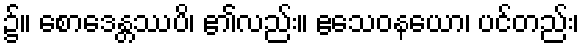
၌။ စောဒေန္တဿပိ၊ ၏လည်း။ ဧသေဝနယော၊ ပင်တည်း၊